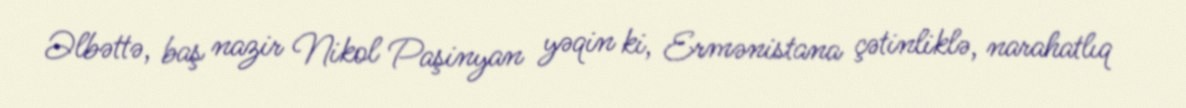
Əlbəttə, baş nazir Nikol Paşinyan yəqin ki, Ermənistana çətinliklə, narahatlıq